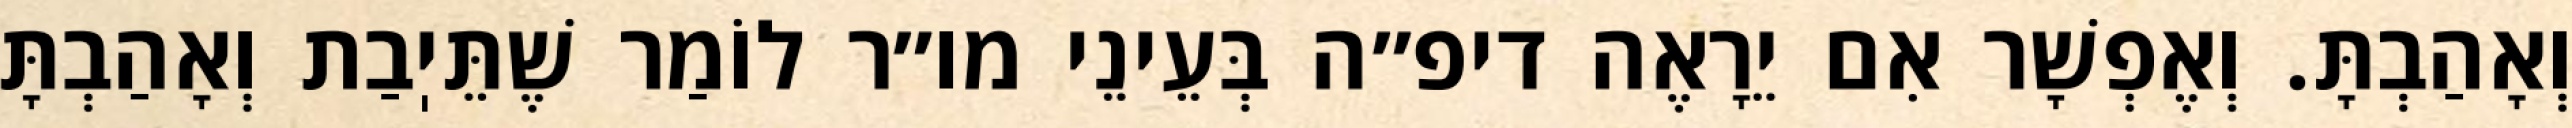
וְאָהַבְתָּ. וְאֶפְשָׁר אִם יֵרָאֶה דיפ״ה בְּעֵינֵי מו״ר לוֹמַר שֶׁתֵּיֽבַת וְאָהַבְתָּ